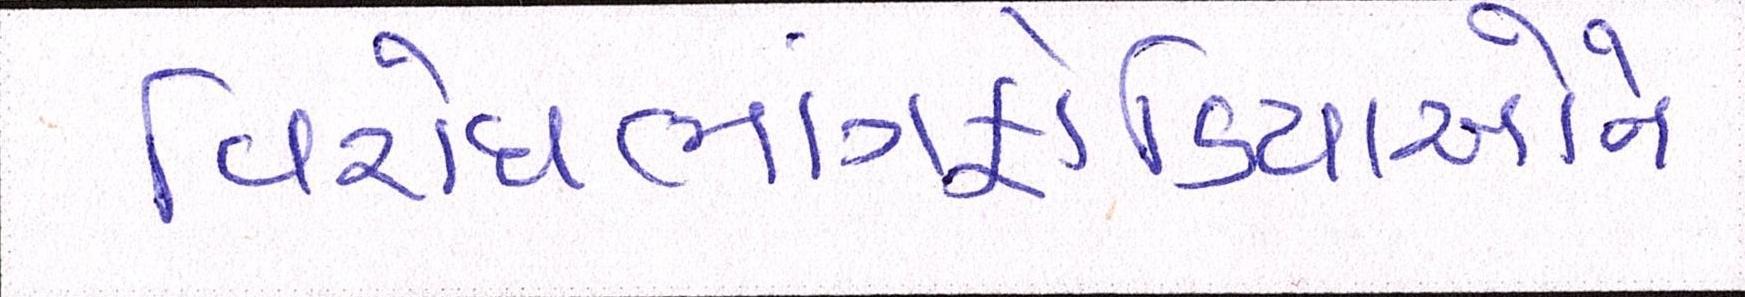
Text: વિરોધભાંગફોડિયાઓને